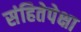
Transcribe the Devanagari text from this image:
संहितेपेक्षा